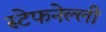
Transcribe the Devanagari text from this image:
स्टेफनेल्ली